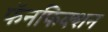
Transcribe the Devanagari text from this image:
फॅनफिक्शन